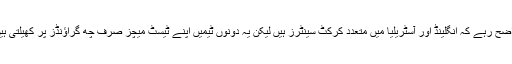
واضح رہے کہ انگلینڈ اور آسٹریلیا میں متعدد کرکٹ سینٹرز ہیں لیکن یہ دونوں ٹیمیں اپنے ٹیسٹ میچز صرف چھ گراؤنڈز پر کھیلتی ہیں۔